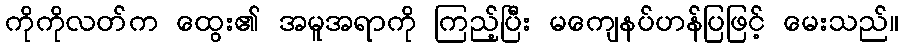
ကိုကိုလတ်က ထွေး၏ အမူအရာကို ကြည့်ပြီး မကျေနပ်ဟန်ပြဖြင့် မေးသည်။